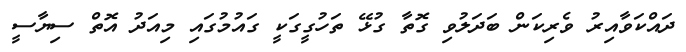
ދައްކަވާއިރު ވެރިކަން ބަދަލުވި ގޮތާ ގުޅޭ ތަހުގީގަކީ ގައުމުގައި މިއަދު އޮތް ސިޔާސީ